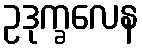
ဥဒုက္ခလေန